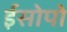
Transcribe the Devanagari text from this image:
ईसोपो